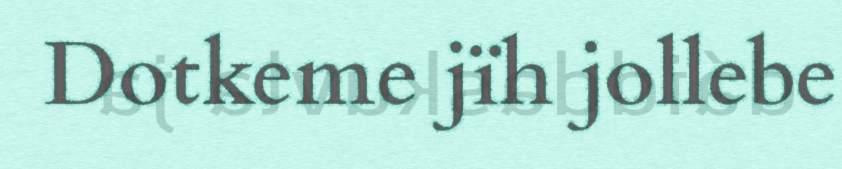
Dotkeme jïh jollebe